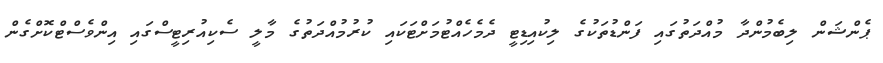
ޕެންޝަން ލިބެމުންދާ މުއްދަތުގައި ފަންޑުތަކުގެ ލިކުއިޑިޓީ ދެމެހެއްޓުމަށްޓަކައި ކުރުމުއްދަތުގެ މާލީ ސެކިއުރިޓީސްގައި އިންވެސްޓްކޮށްގެން